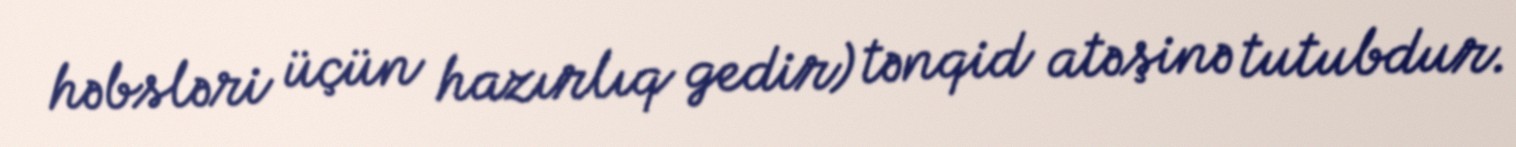
həbsləri üçün hazırlıq gedir) tənqid atəşinə tutubdur.